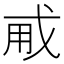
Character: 𢦨